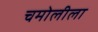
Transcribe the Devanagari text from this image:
चमोलीला